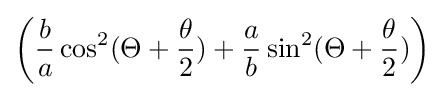
\left({\frac {b}{a}}\cos ^{2}(\Theta +{\frac {\theta }{2}})+{\frac {a}{b}}\sin ^{2}(\Theta +{\frac {\theta }{2}})\right)